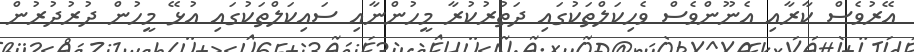
އޭރުވެސް ކާރާއި އެނޫންވެސް ވެހިކަލްތަކުގައި ދަތުރުކުރާ މީހުންނާއި ސައިކަލްތަކުގައި އުޅޭ މީހުން ދުރުދުރުން